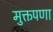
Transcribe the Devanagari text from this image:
मुक्तपणा